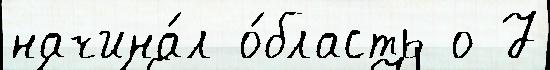
начина́л о́бласть о 7